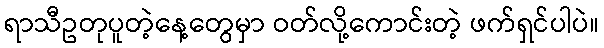
ရာသီဥတုပူတဲ့နေ့တွေမှာ ဝတ်လို့ကောင်းတဲ့ ဖက်ရှင်ပါပဲ။